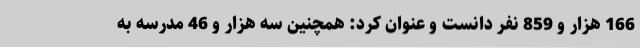
166 هزار و 859 نفر دانست و عنوان کرد: همچنین سه هزار و 46 مدرسه به